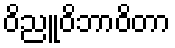
ဝိညူဝိဘာဝိတာ